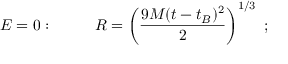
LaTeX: E = 0 : ~ ~ ~ ~ ~ ~ ~ ~ R = \left( { \frac { 9 M ( t - t _ { B } ) ^ { 2 } } { 2 } } \right) ^ { 1 / 3 } ~ ;